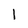
Character: l